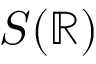
S ( \mathbb { R } )